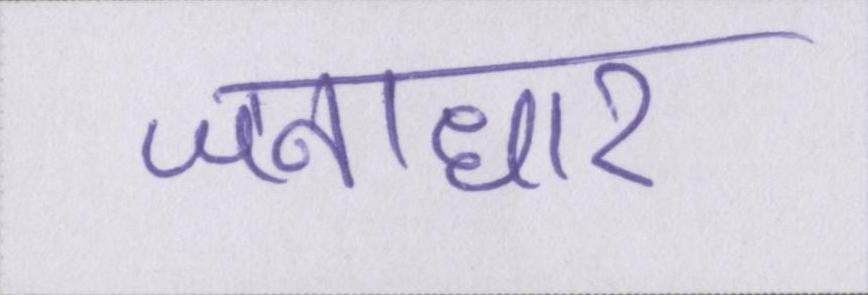
जनाधार